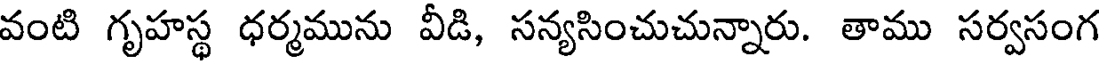
వంటి గృహస్థ ధర్మమును వీడి, సన్యసించుచున్నారు. తాము సర్వసంగ